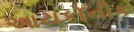
આયકોનીક